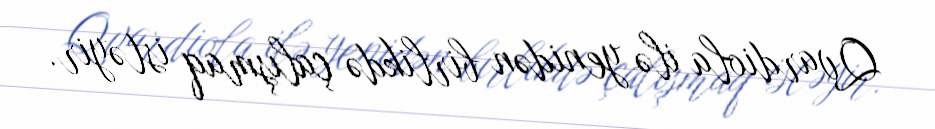
Qvardiola ilə yenidən birlikdə çalışmaq istəyir.